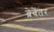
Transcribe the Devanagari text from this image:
ब्रेबेंतर